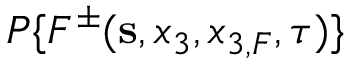
{ \cal P } \{ F ^ { \pm } ( { \bf s } , x _ { 3 } , x _ { 3 , F } , \tau ) \}